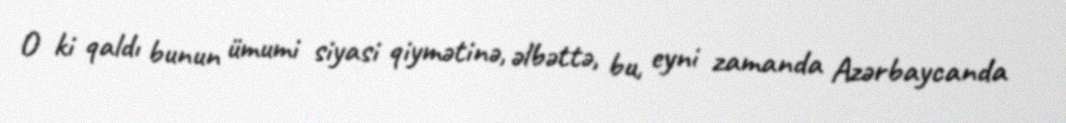
O ki qaldı bunun ümumi siyasi qiymətinə, əlbəttə, bu, eyni zamanda Azərbaycanda